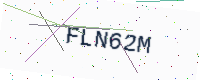
Text: FLN62M